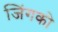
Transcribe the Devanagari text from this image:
जिंगको